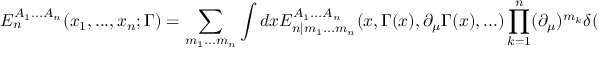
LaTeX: E _ { n } ^ { A _ { 1 } . . . A _ { n } } ( x _ { 1 } , . . . , x _ { n } ; \Gamma ) = \sum _ { m _ { 1 } . . . m _ { n } } \int d x E _ { n | m _ { 1 } . . . m _ { n } } ^ { A _ { 1 } . . . A _ { n } } ( x , \Gamma ( x ) , \partial _ { \mu } \Gamma ( x ) , . . . ) \prod _ { k = 1 } ^ { n } ( \partial _ { \mu } ) ^ { m _ { k } } \delta ( x - x _ { k } ) ,